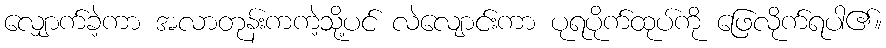
လျှောက်ခဲ့ကာ အလာတုန်းကကဲ့သို့ပင် လဲလျောင်းကာ ပုရပိုက်ထုပ်ကို ဖြေလိုက်ရပါ၏။